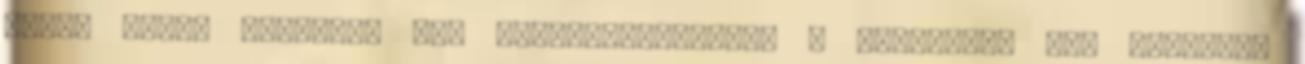
-Anya mikor szállunk már le?-idegeskedett a mellettem ülő szöszke.